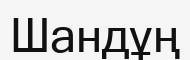
Шандұң